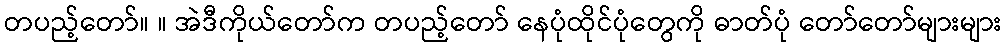
တပည့်တော်။ ။ အဲဒီကိုယ်တော်က တပည့်တော် နေပုံထိုင်ပုံတွေကို ဓာတ်ပုံ တော်တော်များများ